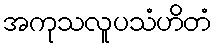
အကုသလူပသံဟိတံ